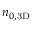
n _ { 0 , \mathrm { { 3 D } } }